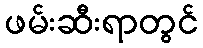
ဖမ်းဆီးရာတွင်